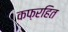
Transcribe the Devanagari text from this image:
कफ़रहित